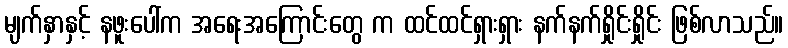
မျက်နှာနှင့် နဖူးပေါ်က အရေးအကြောင်းတွေ က ထင်ထင်ရှားရှား နက်နက်ရှိုင်းရှိုင်း ဖြစ်လာသည်။